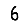
Digit: 6